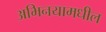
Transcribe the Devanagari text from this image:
अभिनयामधील